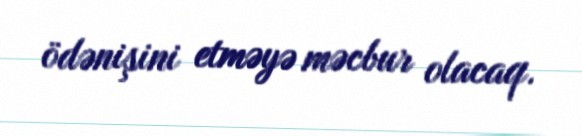
ödənişini etməyə məcbur olacaq.